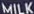
MILK